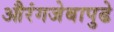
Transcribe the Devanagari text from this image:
औरंगजेबापुढे